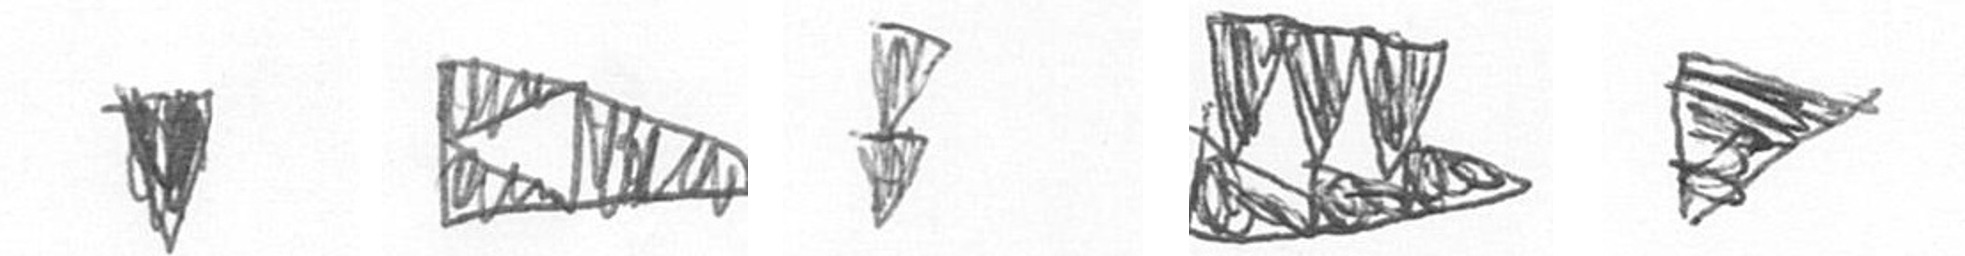
J K Z D T